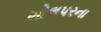
ખોલપરના